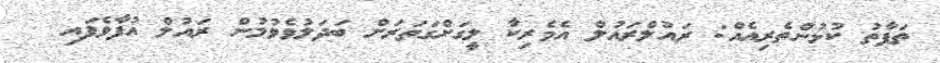
ތަފާތު ކުޅުންތެރިއެއް: ރައުލްރައުލް އެމެރިކާ ލީގަށްގަތަރަށް ބަދަލުވެވުމުން ރައުލް އުފާވެފައި